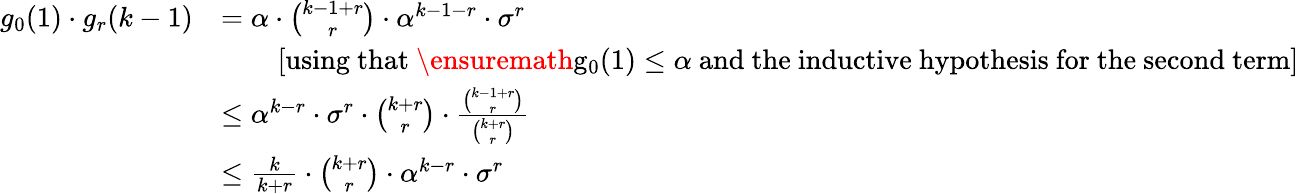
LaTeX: \begin{array}{rl}{g_{0}(1)\cdot g_{r}(k-1)}&{=\alpha\cdot{\binom{k-1+r}{r}}\cdot\alpha^{k-1-r}\cdot\sigma^{r}}\\ &{\ \ \ \ \ \ \ \ \mathrm{[using~that~\ensuremath{g_{0}(1)\leq\alpha}~and~the~inductive~hypothesis~for~the~second~term]}}\\ &{\leq\alpha^{k-r}\cdot\sigma^{r}\cdot{\binom{k+r}{r}}\cdot\frac{{\binom{k-1+r}{r}}}{{\binom{k+r}{r}}}}\\ &{\leq\frac{k}{k+r}\cdot{\binom{k+r}{r}}\cdot\alpha^{k-r}\cdot\sigma^{r}}\end{array}